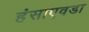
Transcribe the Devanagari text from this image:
हंसाएवडा